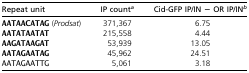
<table><thead><tr><td><b>Repeat unit</b></td><td><b>IP count<i><sup>a</sup></i></b></td><td><b>Cid-GFP IP/IN − OR IP/IN<i><sup>b</sup></i></b></td></tr></thead><tbody><tr><td><b>AATAACATAG</b> (<i>Prodsat</i>)</td><td>371,367</td><td>6.75</td></tr><tr><td><b>AATATAATAT</b></td><td>215,558</td><td>4.44</td></tr><tr><td><b>AAGATAAGAT</b></td><td>53,939</td><td>13.05</td></tr><tr><td><b>AATAGAATAG</b></td><td>45,962</td><td>24.51</td></tr><tr><td>AATAGAATTG</td><td>5,061</td><td>3.18</td></tr></tbody></table>